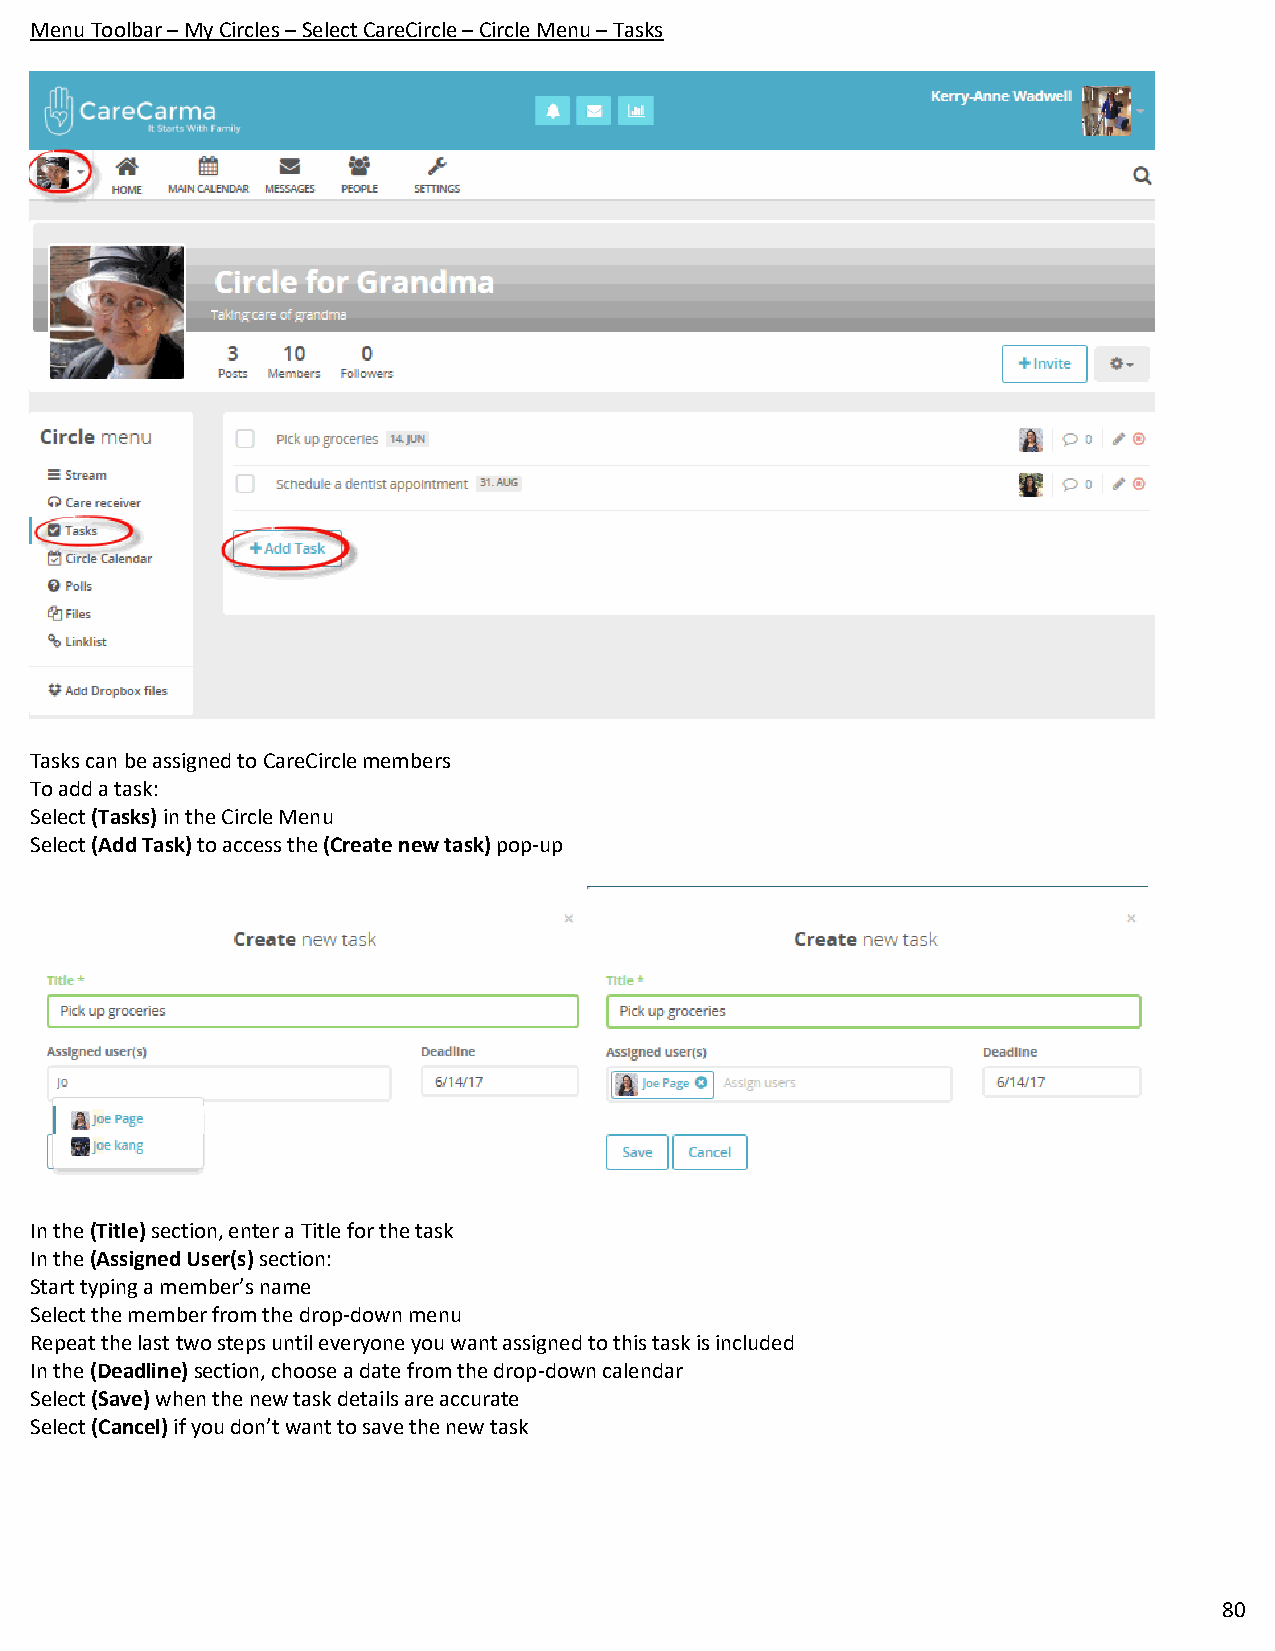
Menu Toolbar – My Circles – Select CareCircle – Circle Menu – Tasks
 Tasks can be assigned to CareCircle members
 To add a task:
 Select (Tasks) in the Circle Menu
 Select (Add Task) to access the (Create new task) pop-up
 In the (Title) section, enter a Title for the task
 In the (Assigned User(s) section:
 Start typing a member’s name
 Select the member from the drop-down menu
 Repeat the last two steps until everyone you want assigned to this task is included
 In the (Deadline) section, choose a date from the drop-down calendar
 Select (Save) when the new task details are accurate
 Select (Cancel) if you don’t want to save the new task
 80